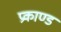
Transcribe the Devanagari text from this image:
प्रकाण्‍ड